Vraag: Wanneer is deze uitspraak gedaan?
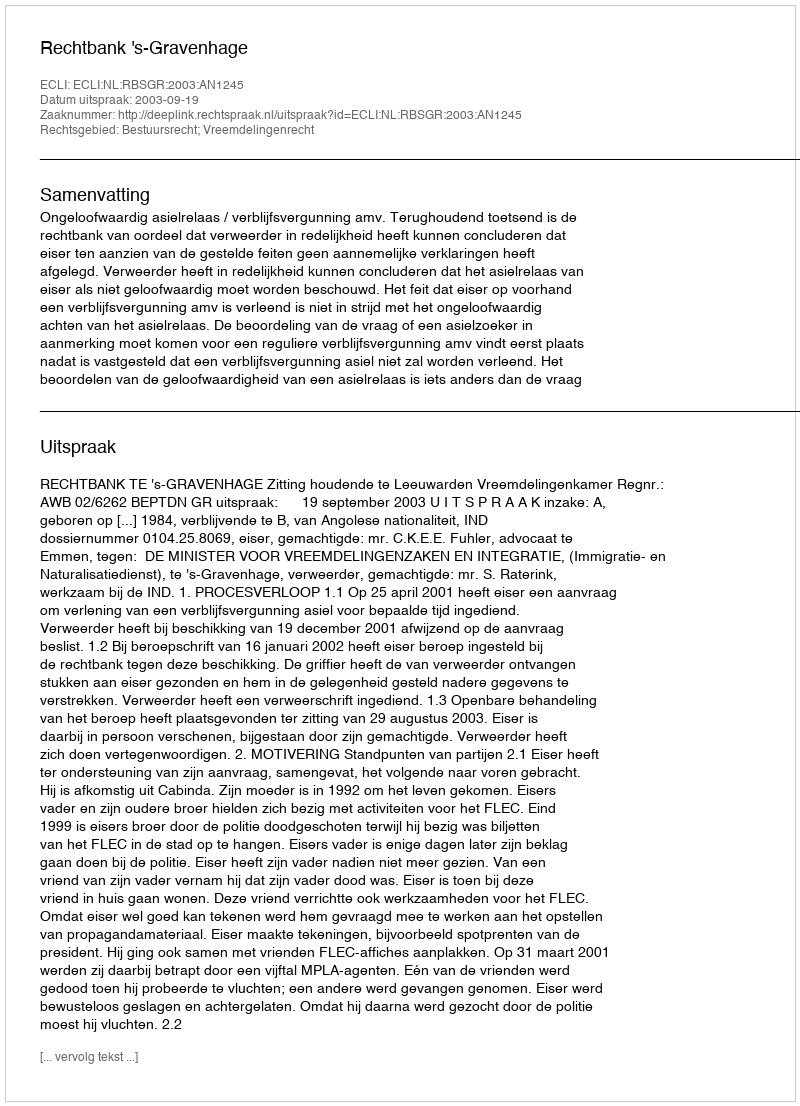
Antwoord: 2003-09-19